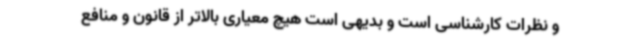
و نظرات کارشناسی است و بدیهی است هیچ معیاری بالاتر از قانون و منافع